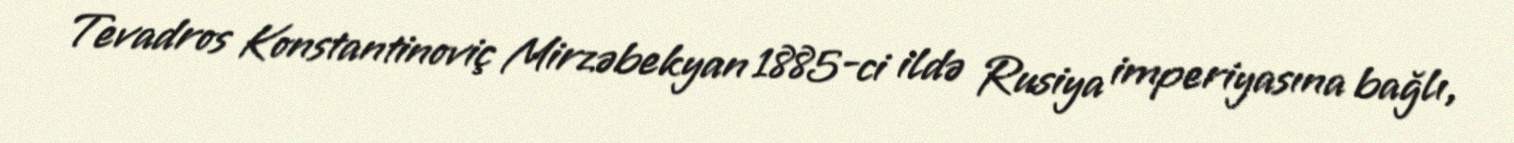
Tevadros Konstantinoviç Mirzəbekyan 1885-ci ildə Rusiya imperiyasına bağlı,